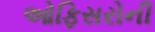
ઓફિસરોની